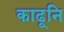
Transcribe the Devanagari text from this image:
काढूनि